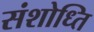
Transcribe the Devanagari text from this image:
संशोध्ति